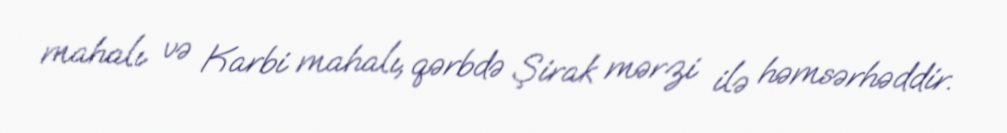
mahalı və Karbi mahalı, qərbdə Şirak mərzi ilə həmsərhəddir.